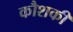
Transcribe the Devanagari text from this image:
कौशकी